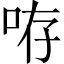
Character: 𠱜